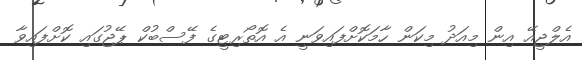
އެލްޖީއޭ އިން މިއަދު މިކަން ހާމަކޮށްފައިވަނީ އެ އޮތޯރިޓީގެ ފޭސްބުކް ޕޭޖުގައި ކޮށްފައިވާ